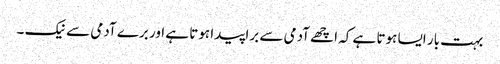
بہت بار ایسا ہوتا ہے کہ اچھے آدمی سے برا پیدا ہوتا ہے اور برے آدمی سے نیک ۔